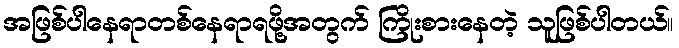
အဖြစ်ပါနေရာတစ်နေရာရဖို့အတွက် ကြိုးစားနေတဲ့ သူဖြစ်ပါတယ်။